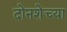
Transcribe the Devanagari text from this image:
दोनशेच्या